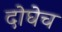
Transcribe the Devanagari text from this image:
दोघेच